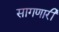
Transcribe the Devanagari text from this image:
सागणारी